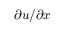
\partial u / \partial x